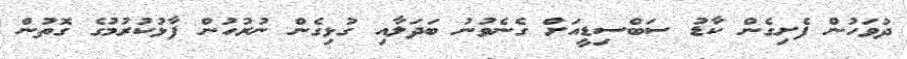
ދުވަހުން ފެށިގެން ކާޑު ސަބްސިޑީއަށް ގެނެވުނު ބަދަލާއި ގުޅިގެން ނުރުހުން ފާޅުކުރުމުގެ ގޮތުން